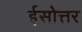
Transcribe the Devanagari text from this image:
ईसोत्तर